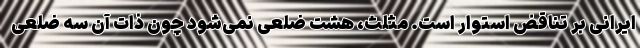
ایرانی بر تناقض استوار است. مثلث، هشت ضلعی نمی‌شود چون ذات آن سه ضلعی